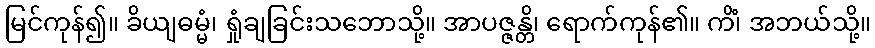
မြင်ကုန်၍။ ခိယျဓမ္မံ၊ ရှုံချခြင်းသဘောသို့။ အာပဇ္ဇန္တိ၊ ရောက်ကုန်၏။ ကိံ၊ အဘယ်သို့။